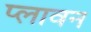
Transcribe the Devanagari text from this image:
प्‍लावन